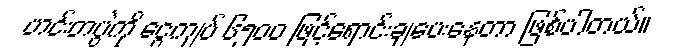
ဟင်းတပွဲကို ငွေကျပ် ၆၅၀၀ ဖြင့်ရောင်းချပေးနေတာ ဖြစ်ပါတယ်။